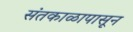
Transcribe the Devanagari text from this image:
संतकाळापासून